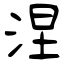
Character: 涅